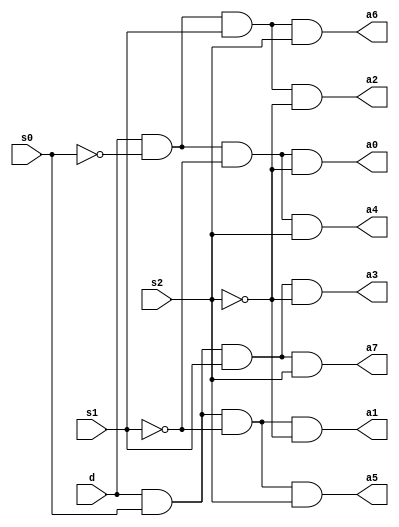
//code

module one8demux(a0,a1,a2,a3,a4,a5,a6,a7,s2,s1,s0,d);
  output a0,a1,a2,a3,a4,a5,a6,a7;
  input d,s1,s2,s0;
  
  assign a0 = d&~s0&~s1&~s2;
  assign a1 = d& s0&~s1&~s2;
  assign a2 = d&~s0& s1&~s2;
  assign a3 = d& s0& s1&~s2;
  assign a4 = d&~s0&~s1& s2;
  assign a5 = d& s0&~s1& s2;
  assign a6 = d&~s0& s1& s2;
  assign a7 = d& s0& s1& s2;
  
  endmodule

//testbench

module one8demux_tb;
  wire a0,a1,a2,a3,a4,a5,a6,a7;
  reg d,s2,s1,s0;
  one8demux eight1tb(.a0(a0),.a1(a1),.a2(a2),.a3(a3),.a4(a4),.a5(a5),.a6(a6),.a7(a7),.s2(s2),.s1(s1),.s0(s0),.d(d));
 
  initial 
    begin
      d = 1;
      #5 s2=1'b0; s1=1'b0; s0=1'b0;
      #5 s2=1'b0; s1=1'b0; s0=1'b1;
      #5 s2=1'b0; s1=1'b1; s0=1'b0;
      #5 s2=1'b0; s1=1'b1; s0=1'b1;
      #5 s2=1'b1; s1=1'b0; s0=1'b0;
      #5 s2=1'b1; s1=1'b0; s0=1'b1;
      #5 s2=1'b1; s1=1'b1; s0=1'b0;
      #5 s2=1'b1; s1=1'b1; s0=1'b1;
    end
  always@(s2,s1,s0)
    $monitor("time=%0t,s2=%b,s1 = %b,s0 = %b, {a7,a6,a5,a4,a3,a2,a1,a0} = %b",$time,s2,s1,s0,{a7,a6,a5,a4,a3,a2,a1,a0});
endmodule